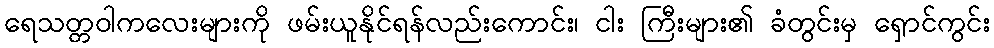
ရေသတ္တဝါကလေးများကို ဖမ်းယူနိုင်ရန်လည်းကောင်း၊ ငါး ကြီးများ၏ ခံတွင်းမှ ရှောင်ကွင်း